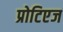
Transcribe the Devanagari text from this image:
प्रोटिएज